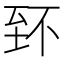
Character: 𦤹